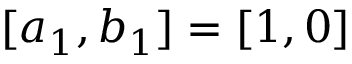
[ a _ { 1 } , b _ { 1 } ] = [ 1 , 0 ]